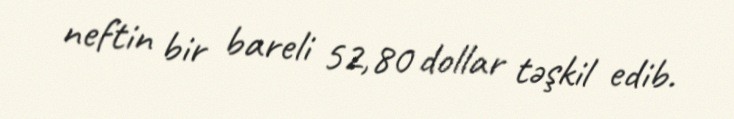
neftin bir bareli 52,80 dollar təşkil edib.